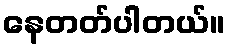
နေတတ်ပါတယ်။